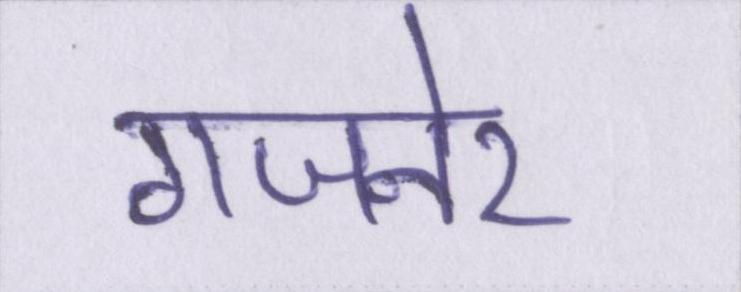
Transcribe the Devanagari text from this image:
गजनेर